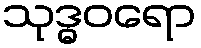
သုဒ္ဓဝရော